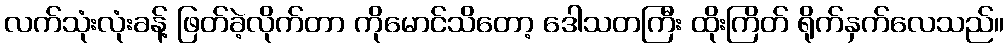
လက်သုံးလုံးခန့် ဖြတ်ခဲ့လိုက်တာ ကိုမောင်သိတော့ ဒေါသတကြီး ထိုးကြိတ် ရိုက်နှက်လေသည်။